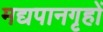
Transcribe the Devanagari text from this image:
मद्यपानगृहों